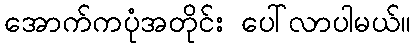
အောက်ကပုံအတိုင်း ပေါ်လာပါမယ်။